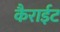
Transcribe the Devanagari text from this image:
कैराईट